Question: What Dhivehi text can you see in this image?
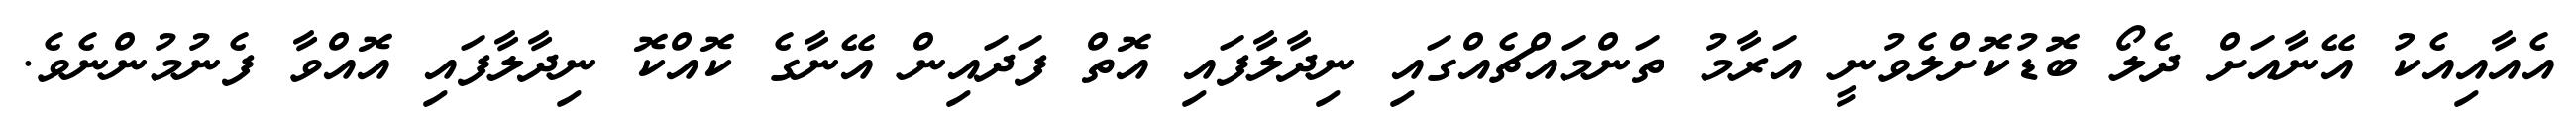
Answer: އެއާއިއެކު އޭނާއަށް ދެލޯ ބޮޑުކޮށްލެވުނީ އަރާމު ތަންމައްޗެއްގައި ނިދާލާފައި އޮތް ފަދައިން އޭނާގެ ކޮއްކޮ ނިދާލާފައި އޮއްވާ ފެނުމުންނެވެ.